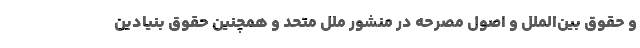
و حقوق بین‌الملل و اصول مصرحه در منشور ملل متحد و همچنین حقوق بنیادین